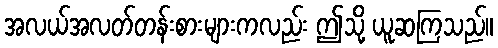
အလယ်အလတ်တန်းစားများကလည်း ဤသို့ ယူဆကြသည်။